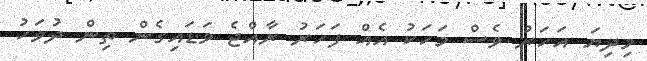
މިދިޔަ އަހަރު ވެސް މަހަކު އެއް ފަހަރު ރާއްޖެ ވަޑައިގެން ތިން ދުވަހު